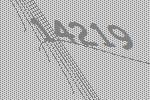
14219